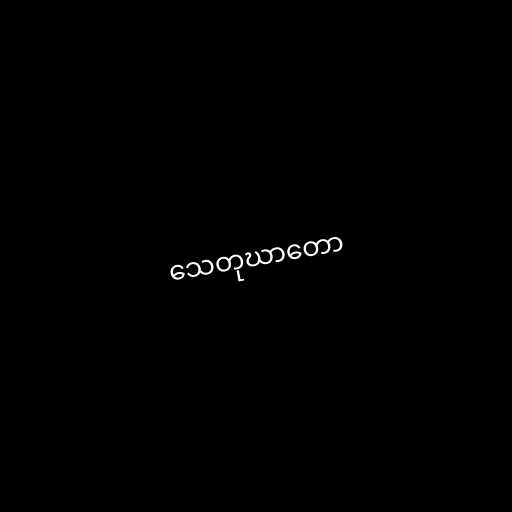
သေတုဃာတော